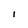
Character: I